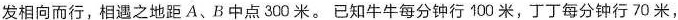
发相向而行，相遇之地距A、B中点300米。已知牛牛每分钟行100米，丁丁每分钟行70米，